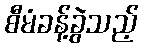
စီမံခန့်ခွဲသည့်